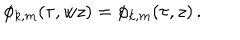
\phi _ { k , m } ( \tau , w z ) = \phi _ { k , m } ( \tau , z ) \, .